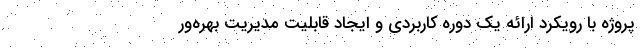
پروژه با رویکرد ارائه یک دوره کاربردی و ایجاد قابلیت مدیریت بهره‌ور